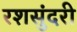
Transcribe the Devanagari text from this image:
रशसुंदरी